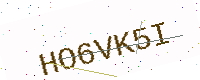
Text: HO6VK5I